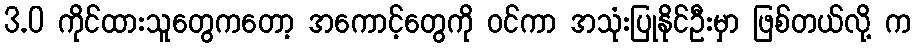
3.0 ကိုင်ထားသူတွေကတော့ အကောင့်တွေကို ဝင်ကာ အသုံးပြုနိုင်ဦးမှာ ဖြစ်တယ်လို့ က